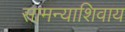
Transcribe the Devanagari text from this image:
सामन्याशिवाय